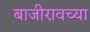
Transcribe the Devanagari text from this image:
बाजीरावच्या